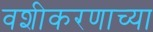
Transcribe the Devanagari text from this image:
वशीकरणाच्या